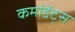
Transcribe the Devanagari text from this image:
कमांडेंट्स